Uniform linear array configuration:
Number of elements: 64
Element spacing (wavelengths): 0.75
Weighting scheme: hann
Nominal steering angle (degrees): -60
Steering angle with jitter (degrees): -61.488
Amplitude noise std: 0.05
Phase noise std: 0.05

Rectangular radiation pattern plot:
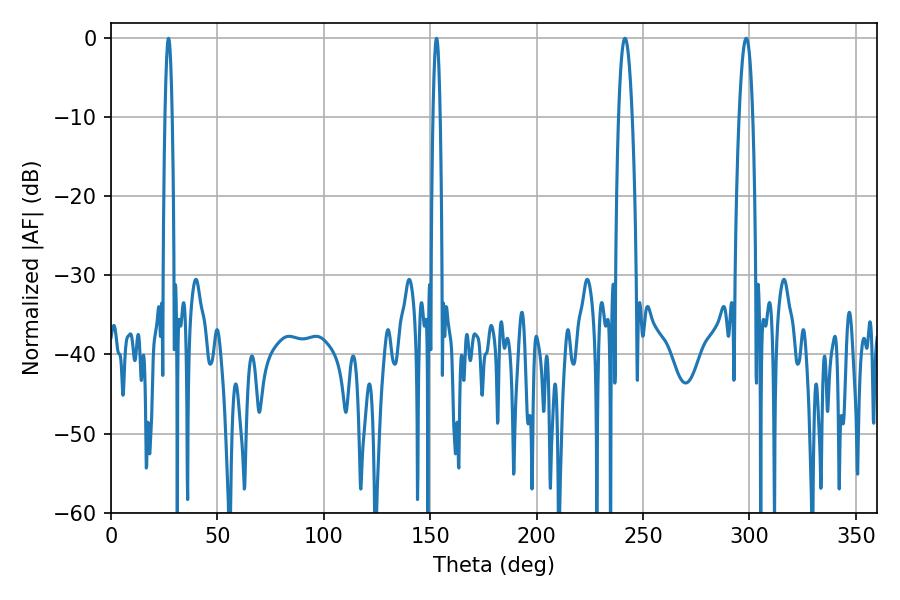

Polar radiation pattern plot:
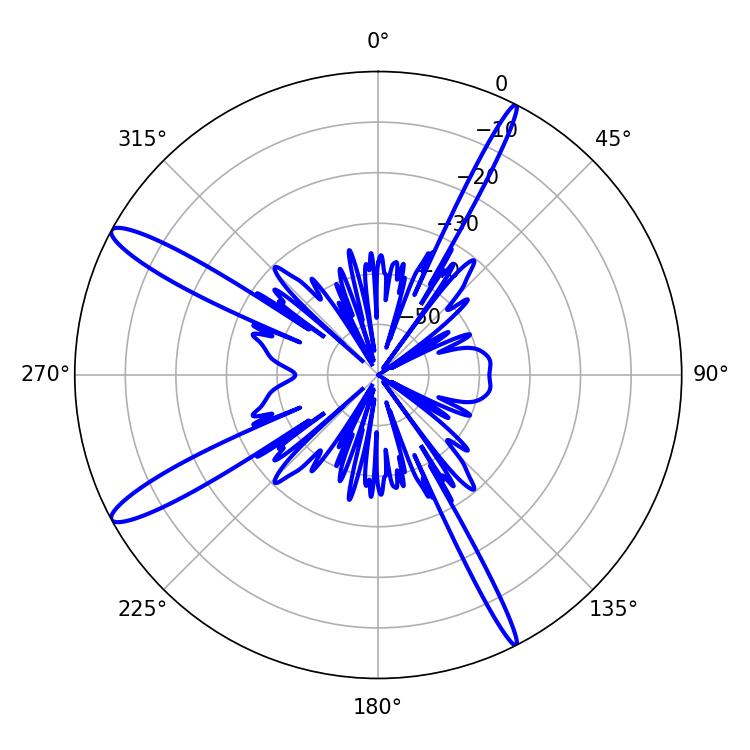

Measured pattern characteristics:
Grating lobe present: TRUE
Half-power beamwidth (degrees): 3.6
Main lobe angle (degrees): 298.44